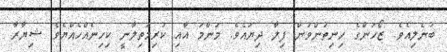
ބުނެލިއެވެ. ޒޯހަންގެ ހިނިތުންވުން ފިލާ ދިޔައެވެ. މަންމަ އާއި ކުރިމަތިލާނީ ކިހިނެއްހެއްޔެވެ ޝިޔާރާ